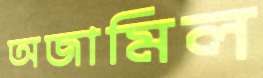
অজামিল